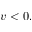
v < 0 ,